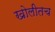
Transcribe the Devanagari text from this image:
खोलीतच